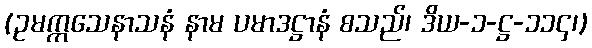
(ဥမက္ကသေနာသနံ နာမ ပမာဒဋ္ဌာနံ စသည်၊ ဒိယ-၁-ဋ္ဌ-၁၁၄၊)